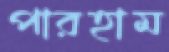
পারহাম